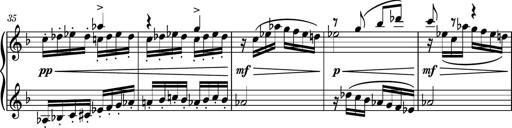
Title: Piano Sonatina No.8
Composer: Dimitri Sykias
Key: F major